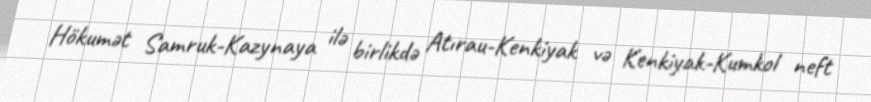
Hökumət Samruk-Kazynaya ilə birlikdə Atırau-Kenkiyak və Kenkiyak-Kumkol neft